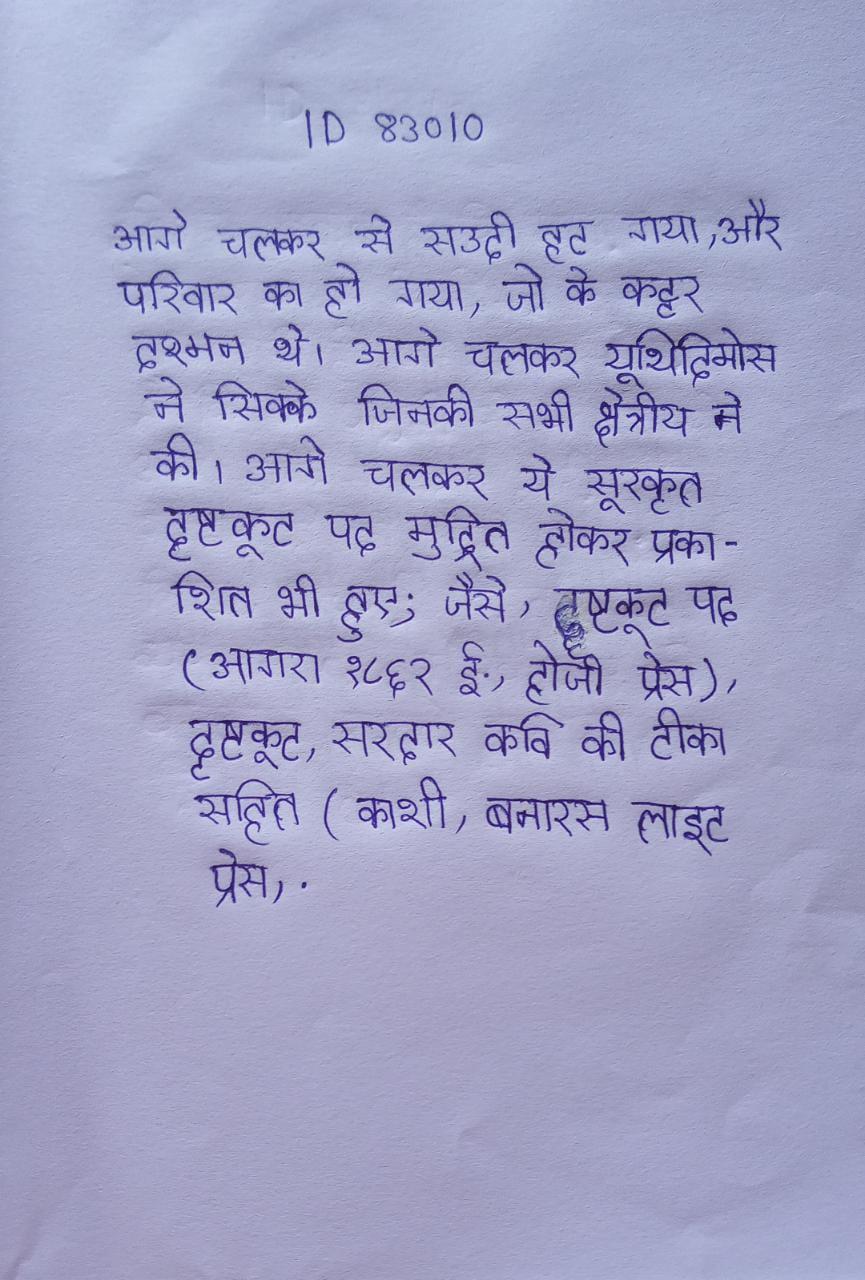
आगे चलकर से सउदी हट गया और परिवार का हो गया, जो के कट्टर दुश्मन थे । आगे चलकर यूथिदिमोस ने सिक्के जिनकी सभी क्षेत्रीय ने की । आगे चलकर ये सूरकृत दृष्टकूट पद मुद्रित होकर प्रकाशित भी हुए; जैसे, दृष्टकूट पद (आगरा १८६२ ई., होजी प्रेस), दृष्टकूट, सरदार कवि की टीका सहित (काशी, बनारस लाइट प्रेस, .